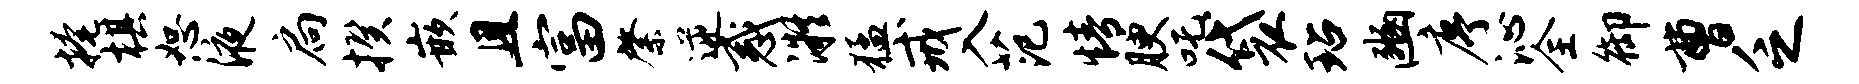
掩棋恕液扃揆嵌且富綮逆惑凝猛戒入范情腴吒袋玷豳序沁全御曹乏